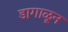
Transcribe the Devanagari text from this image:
डागाळून